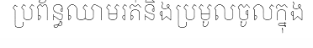
ប្រព័ន្ធឈាមរត់និងប្រមូលចូលក្នុង